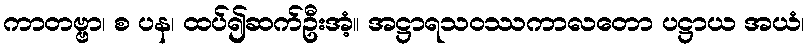
ကာတဗ္ဗာ၊ စ ပန၊ ထပ်၍ဆက်ဦးအံ့။ အဋ္ဌာရသဝဿကာလတော ပဋ္ဌာယ အယံ၊